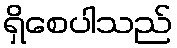
ရှိစေပါသည်